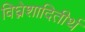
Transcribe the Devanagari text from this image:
विघ्नेशादितीर्थ